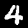
Digit: 4